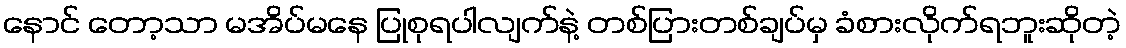
နောင် တော့သာ မအိပ်မနေ ပြုစုရပါလျက်နဲ့ တစ်ပြားတစ်ချပ်မှ ခံစားလိုက်ရဘူးဆိုတဲ့